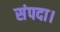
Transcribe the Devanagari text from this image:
संपदा।